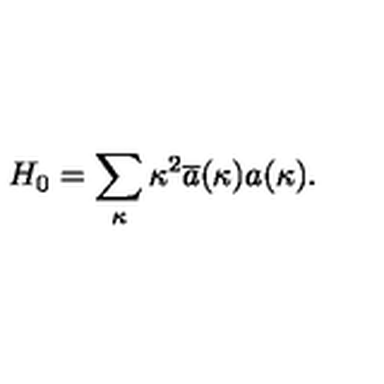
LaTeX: H _ { 0 } = \sum _ { \kappa } \kappa ^ { 2 } \overline { { a } } ( \kappa ) a ( \kappa ) .